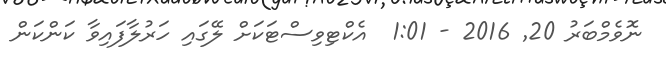
ނޮވެމްބަރު 20